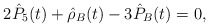
\begin{align*}2\hat{P}_5(t)+\hat{\rho}_B(t)-3\hat{P}_B(t)=0,\end{align*}